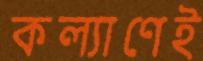
কল্যাণেই